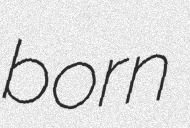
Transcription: born